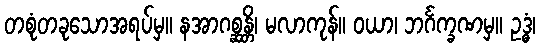
တစုံတခုသောအရပ်မှ။ နအာဂစ္ဆန္တိ၊ မလာကုန်။ ဝယာ၊ ဘင်္ဂက္ခဏမှ။ ဥဒ္ဓံ၊